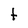
Character: f